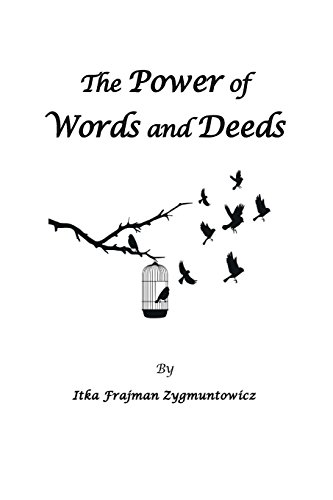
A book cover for The Power of Words and Deeds: Sayings: Reflections of Life; Itka Zygmuntowicz; Literature & Fiction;